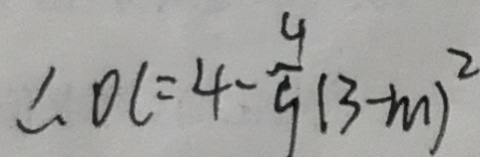
\therefore O C = 4 - \frac { 4 } { 9 } ( 3 - m ) ^ { 2 }